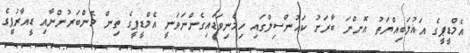
އެމްޑީޕީގެ އަޣުލަބިއްޔަތު އޮންނަ ބާރަށު ކައުންސިލްގައި ހިމެނިވަޑައިގެންނަވަނީ އެމްޑީޕީގެ ތިން މެންބަރުންނާއި ޑީއާރުޕީގެ